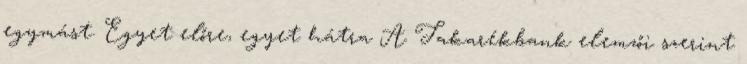
egymást. Egyet előre, egyet hátra A Takarékbank elemzői szerint